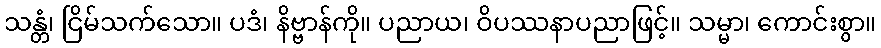
သန္တံ၊ ငြိမ်သက်သော။ ပဒံ၊ နိဗ္ဗာန်ကို။ ပညာယ၊ ဝိပဿနာပညာဖြင့်။ သမ္မာ၊ ကောင်းစွာ။